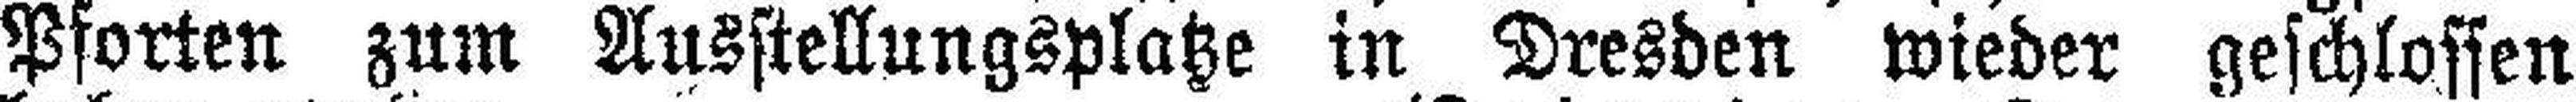
Pforten zum Ausstellungsplatze in Dresden wieder geschlossen